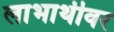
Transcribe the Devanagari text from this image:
लाभार्थीवर